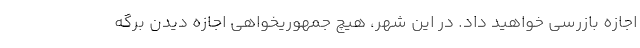
اجازه بازرسی خواهید داد. در این شهر، هیچ جمهوریخواهی اجازه دیدن برگه